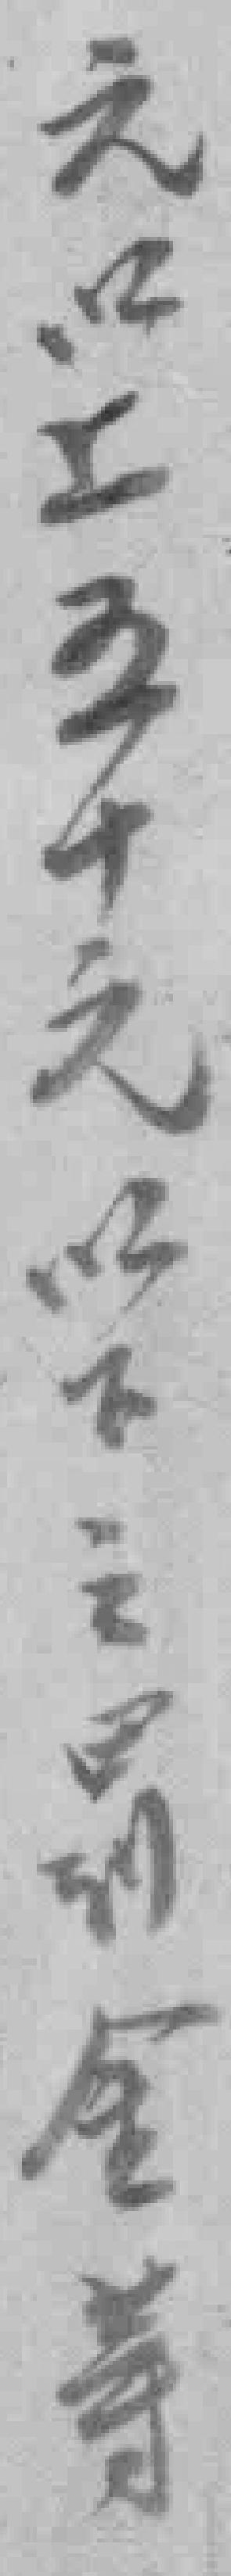
元以上五十元以下之䓁金䓁